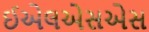
ઈએલએસએસ